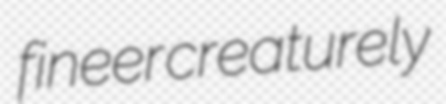
fineer creaturely